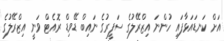
އަށް ކަނޑައަޅާފައި ހުންނަ އިޒްރޭލުގެ ސަފީރުގެ ނައިބް ޑޭވިޑް ރޮއެޓް ވަނީ އިޒްރޭލުގެ